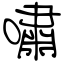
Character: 嘯